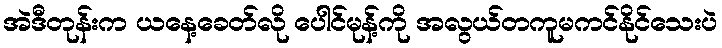
အဲဒီတုန်းက ယနေ့ခေတ်လို ပေါင်မုန့်ကို အလွယ်တကူမကင်နိုင်သေးပဲ